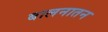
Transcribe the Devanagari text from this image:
बालनातन